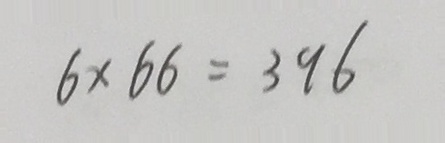
6 \times 6 6 = 3 9 6